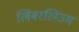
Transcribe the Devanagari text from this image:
लिबरलिज्म